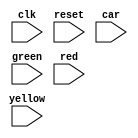
module StateTransitions (clk, reset, car, green, yellow, red);
  input clk, reset, car; //car - button
  input green, yellow, red;
  reg [1:0] presState, nextState; //y- presState, Y- nextState
  reg [3:0] timeoutcounter;
  
  parameter Green = 2'b00, Yellow = 2'b01, Red = 2'b10;

  always @(posedge clk , posedge reset) begin
    if(reset) begin
      presState <= Green;
    end 
    else begin
      case(presState) 
        Green:
          if (car == 1) begin
            nextState = Yellow;
          end
          else begin 
            nextState = Green; 
          end 
        Yellow:
          if (car == 1) begin
            nextState = Red;
          end 
          else begin
            nextState = Yellow;
          end
        Red:
          if(timeoutcounter ==  15) begin 
            nextState = Green;
          end
          else begin
            nextState = Red;
				timeoutcounter <= timeoutcounter + 1;
          end
        default: nextState = Green;
      endcase
     end
  end


endmodule